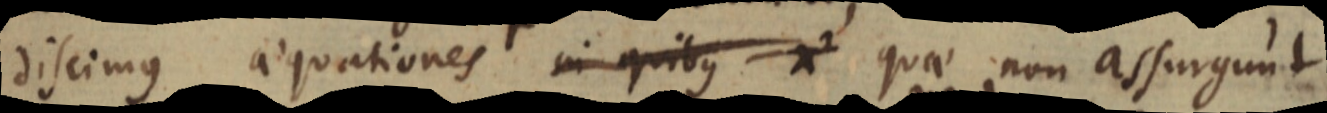
discimus aequationes in quibus x² quae non assurgunt